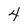
Character: 4